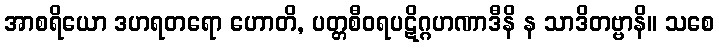
အာစရိယော ဒဟရတရော ဟောတိ, ပတ္တစီဝရပဋိဂ္ဂဟဏာဒီနိ န သာဒိတဗ္ဗာနိ။ သစေ